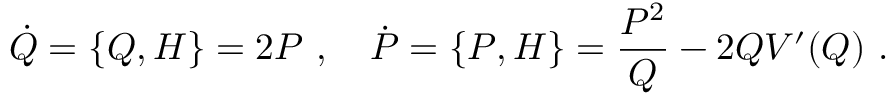
\dot { Q } = \{ Q , H \} = 2 P \ , \ \ \ \dot { P } = \{ P , H \} = \frac { P ^ { 2 } } { Q } - 2 Q V ^ { \prime } ( Q ) \ .